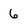
Character: 6